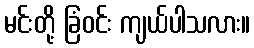
မင်းတို့ ခြံဝင်း ကျယ်ပါသလား။